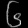
Digit: ၆